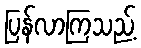
ပြန်လာကြသည့်